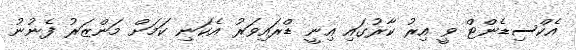
އެކްސިޑެންޓް ވީ އިރު ކާރުގައި އިނީ ޑްރައިވަރު އެކަނި ކަމަށް މަންޒަރު ފެނުނު